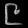
Digit: ၉